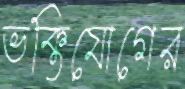
ভক্তিযোগের